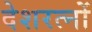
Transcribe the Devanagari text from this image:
देशरत्नों